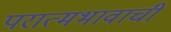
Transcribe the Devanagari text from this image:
परात्मभावाची